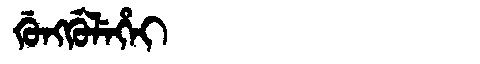
Manchu: ᡤᡠᠩᡤᡠᠯᡝᡥᡝᡳ
Romanization: GUNGGULEHEI